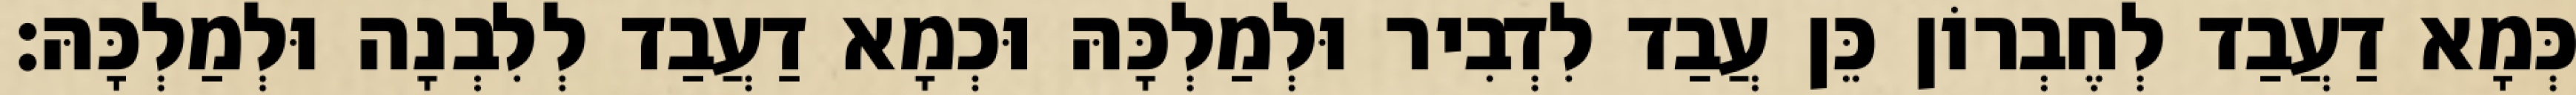
כְּמָא דַעֲבַד לְחֶבְרוֹן כֵּן עֲבַד לִדְבִיר וּלְמַלְכָּהּ וּכְמָא דַעֲבַד לְלִבְנָה וּלְמַלְכָּהּ׃